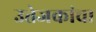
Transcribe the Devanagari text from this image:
उत्तेजकांचा